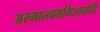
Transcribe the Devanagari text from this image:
अस्मात्त्वमभिजातोसि